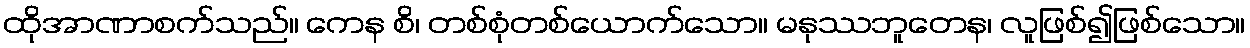
ထိုအာဏာစက်သည်။ ကေန စိ၊ တစ်စုံတစ်ယောက်သော။ မနုဿဘူတေန၊ လူဖြစ်၍ဖြစ်သော။